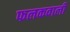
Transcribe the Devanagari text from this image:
फलकवाली